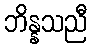
ဘိန္နသညီ